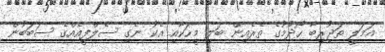
އަމަލީ ތަޖުރިބާ ހޯދުމުގެ ތެރެއިން ބަލި މީހަކާއި އެކު ނެގި ސެލްފީއެއްގެ ސަބަބުން